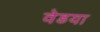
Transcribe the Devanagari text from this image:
वेडया